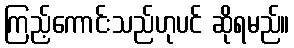
ကြည့်ကောင်းသည်ဟုပင် ဆိုရမည်။